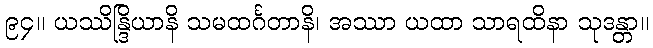
၉၄။ ယဿိန္ဒြိယာနိ သမထင်္ဂတာနိ၊ အဿာ ယထာ သာရထိနာ သုဒန္တာ။